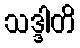
သဒ္ဒါတိ